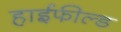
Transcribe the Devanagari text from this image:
हाईफील्ड